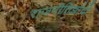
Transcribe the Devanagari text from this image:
राजनीतिज्ञांची